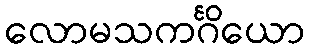
လောမသကင်္ဂိယော